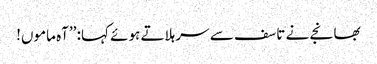
بھانجے نے تاسف سے سر ہلاتے ہوئے کہا: ’’آہ ماموں!